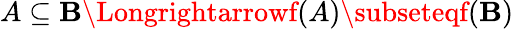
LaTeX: A\subseteq\mathbf{B}\Longrightarrowf(A)\subseteqf(\mathbf{B})